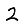
Digit: 2